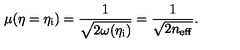
\mu ( \eta = \eta _ { \mathrm { i } } ) = \frac { 1 } { \sqrt { 2 \omega ( \eta _ { \mathrm { i } } ) } } = \frac { 1 } { \sqrt { 2 n _ { \mathrm { e f f } } } } .